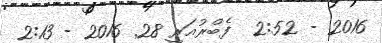
2016 - 2:52  ފެބްރުއަރީ 28